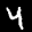
Label: 4